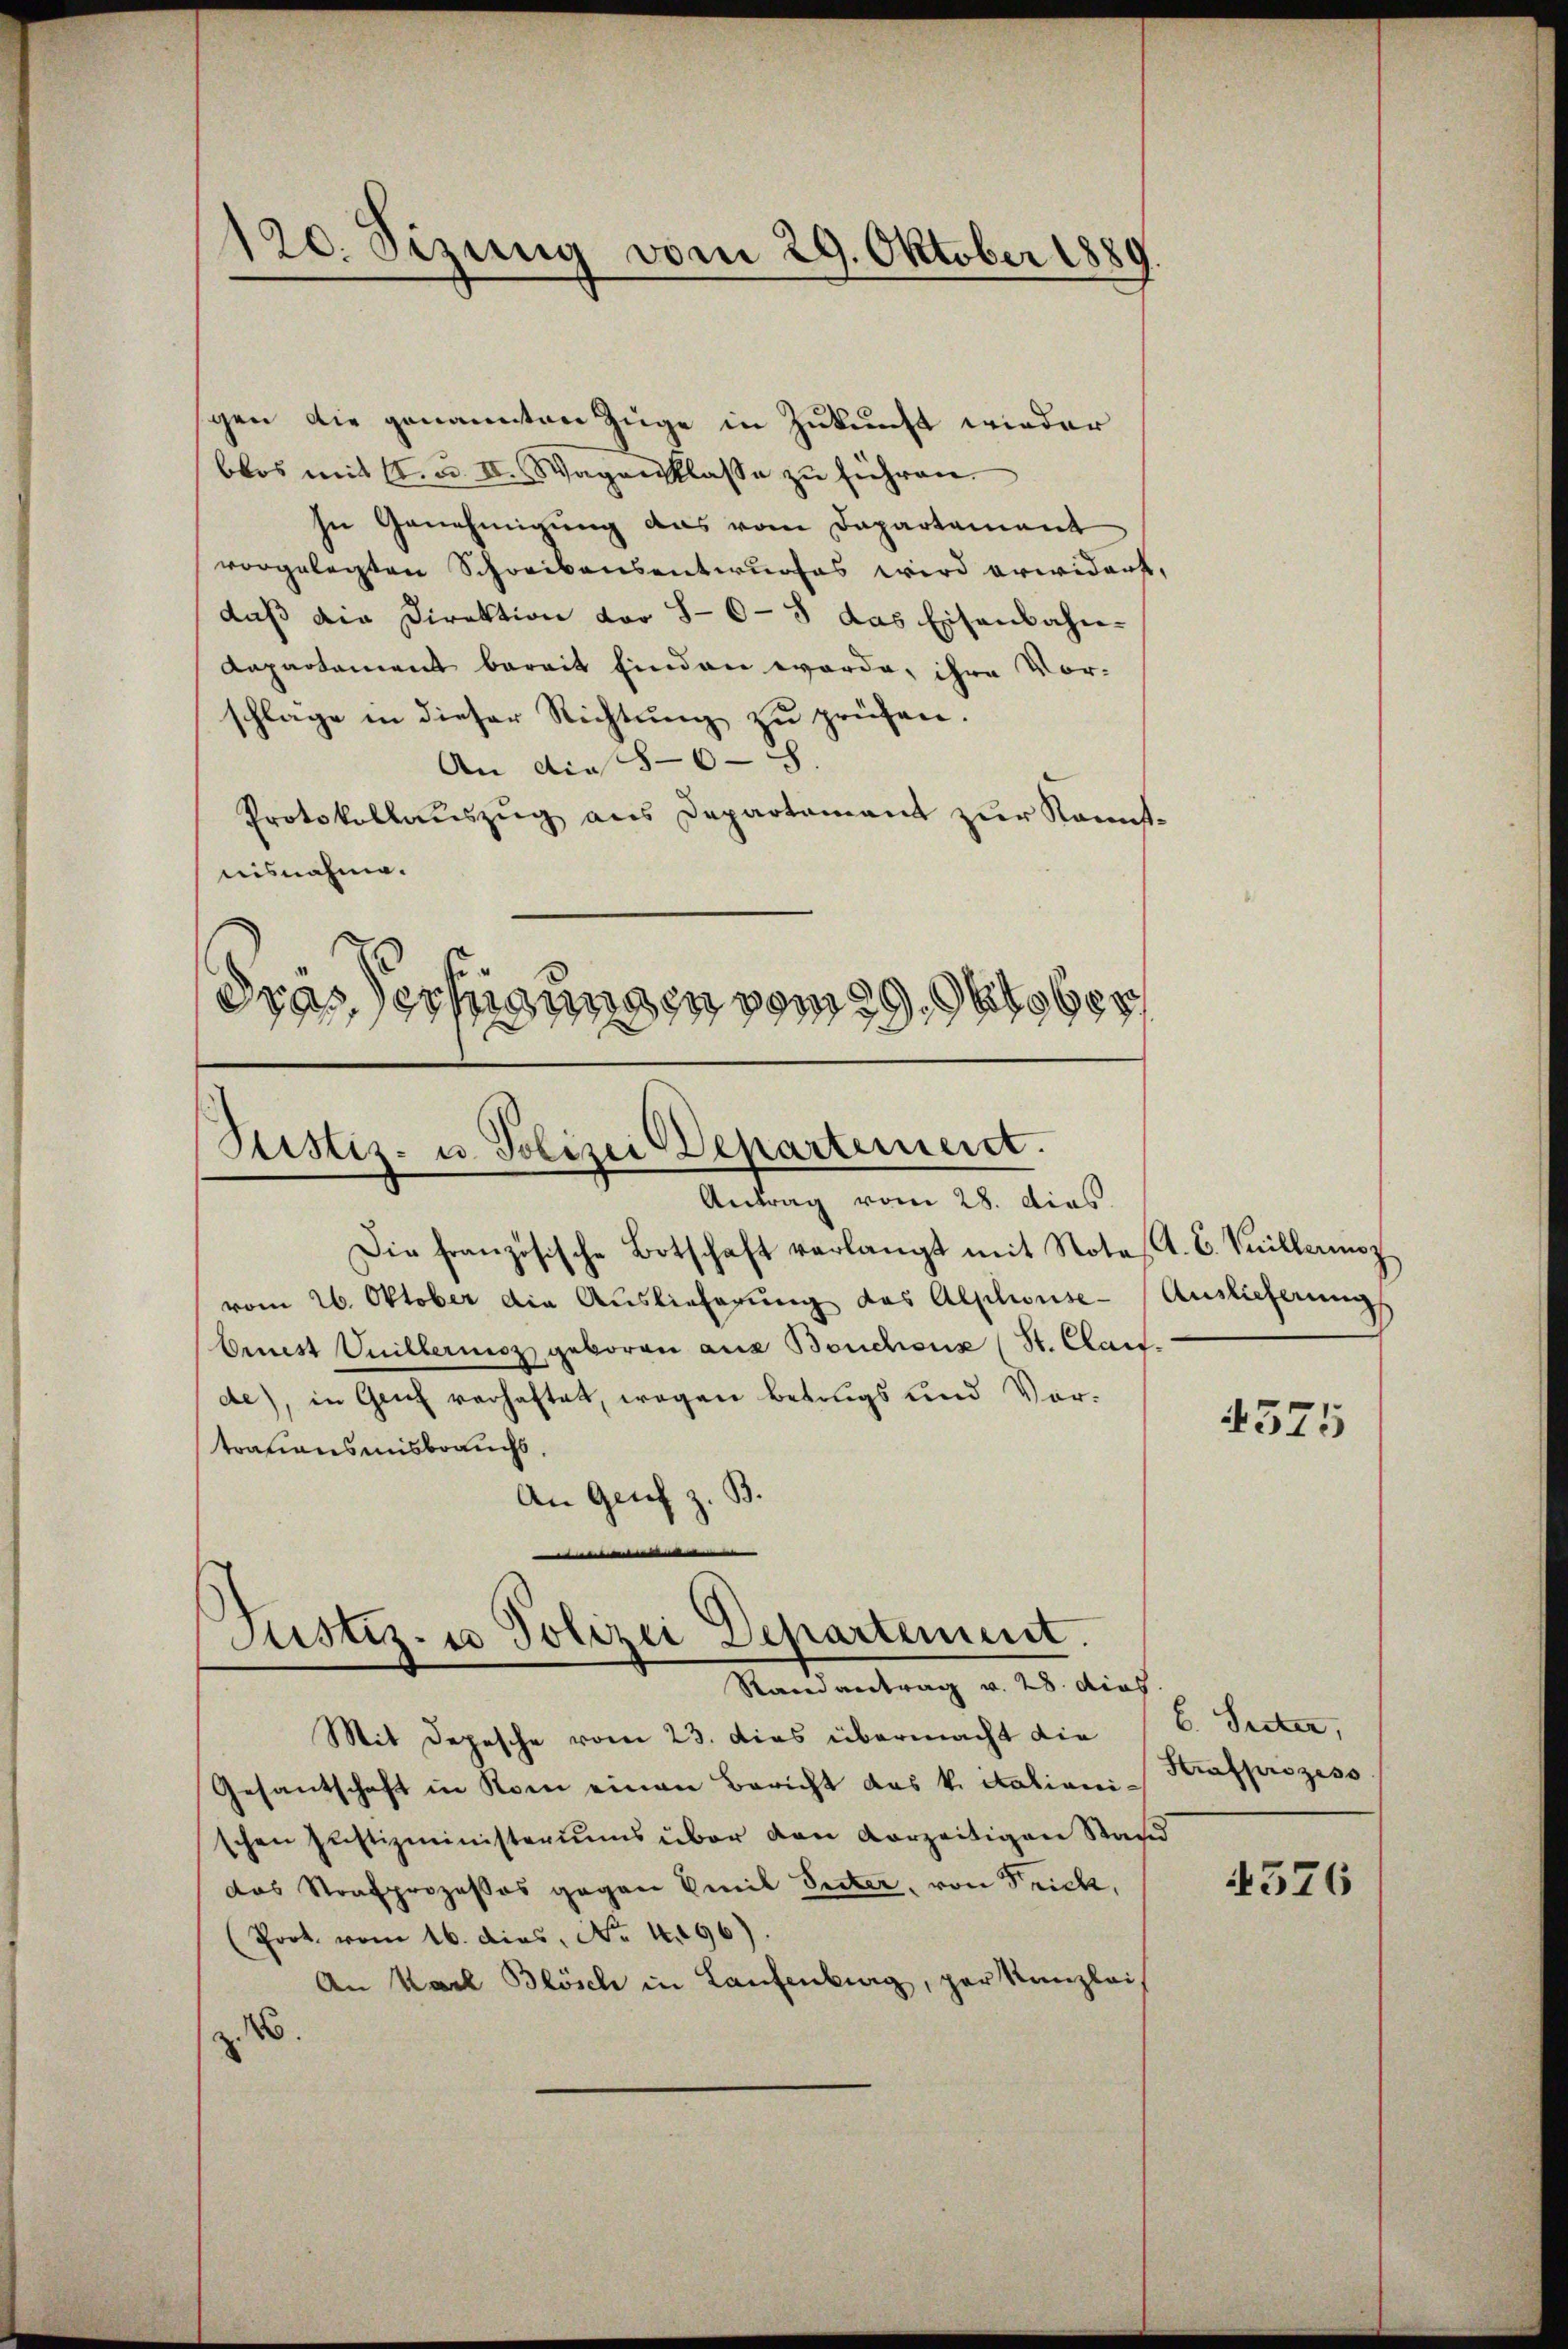
120. Sizung vom 29. Oktober 1889

gen die genannten Zuge in Zukunft wieder
blos mit 1. u. II. Wagenklasse zu führen.
In Genehmigung das vom Departement
vorgelegten Schreibensentwurfes wird erwidert,
daß die Direktion vor 8-0-5 das Eisenbahn-
Kapartement bereit finden werde, ihre Vorschlage in dieser Richtung zu prüfen.
An die 5-6 - 8
Protokollauszug aus Departement zur Kannst-
nisnahme.
drassertigungen vom ober

Justiz- u. Polizei Departement.
Antrag vom 28. dies

Die französische Botschaft verlangt mit Notest. C. Vuillenz
vom 26. Oktober die Auslieferung des Alphonse-
brust Guillermoz geboren aus Bouchoux (St. Claifde), in Genf verhaftet, wegen Betrugs und Vortrationsmisbrauchs.
An Grif z. B.
e

Justiz- u Polizei Departement.
Rain antrag v. 28. dies

Auslicherung
s

Mit Depesche vom 23. dies übermacht die
Gesantschaft in Rom einen Bericht das k. Stationischen Justizministeriums über den vorzeitigen Stand
das Strafprozesses gegen Emil Seiter, von Frick,
Prot. vom 16. dies, No. 4096).
An Karl Blösch in Laufenburg, par Kanzlei
No.

4375

b. Seiter,
Strafprozess

326